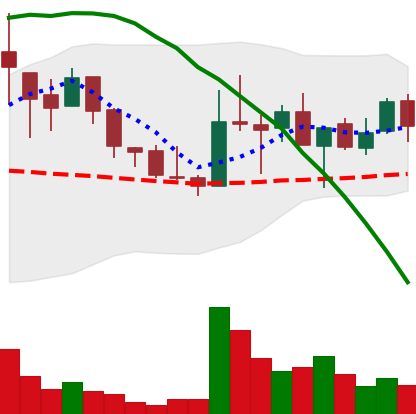
Ticker: LINK-USD
Chart end date: 2018-08-18
Forward return: 17.453%
Label: up_7plus